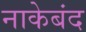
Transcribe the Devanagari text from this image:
नाकेबंद